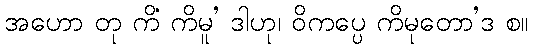
အဟော တု ကိံ ကိမူ’ ဒါဟု၊ ဝိကပ္ပေ ကိမုတော’ဒ စ။